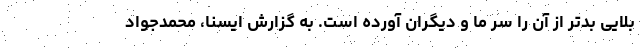
بلایی بدتر از آن را سر ما و دیگران آورده است. به گزارش ایسنا، محمدجواد